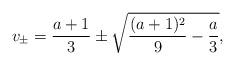
LaTeX: \begin{align*} v_\pm =\frac{a+1}{3}\pm\sqrt{\frac{(a+1)^2}{9}-\frac{a}{3}}, \end{align*}